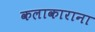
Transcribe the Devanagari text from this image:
कलाकाराना